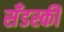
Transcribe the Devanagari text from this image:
सँडस्की